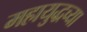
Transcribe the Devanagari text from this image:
महायुद्धच्या